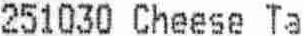
251030 CHEESE TA